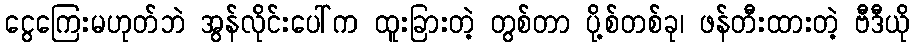
ငွေကြေးမဟုတ်ဘဲ အွန်လိုင်းပေါ်က ထူးခြားတဲ့ တွစ်တာ ပို့စ်တစ်ခု၊ ဖန်တီးထားတဲ့ ဗီဒီယို